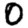
Digit: 0